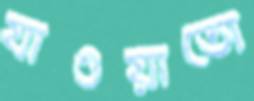
যাওয়াতো